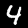
Digit: 4